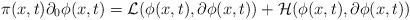
LaTeX: \begin{align*}\pi(x, t)\partial_0 \phi(x, t) = {\cal L}(\phi(x, t), \partial \phi (x, t)) + {\cal H}(\phi(x, t), \partial \phi (x, t))\end{align*}